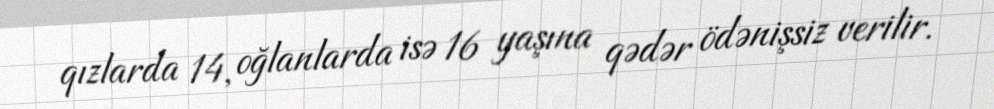
qızlarda 14, oğlanlarda isə 16 yaşına qədər ödənişsiz verilir.